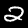
Label: 2